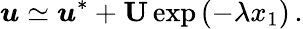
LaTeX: \boldsymbol{u}\simeq\boldsymbol{u}^{*}+\textbf{U}\exp\left(-\lambda x_{1}\right)\, .